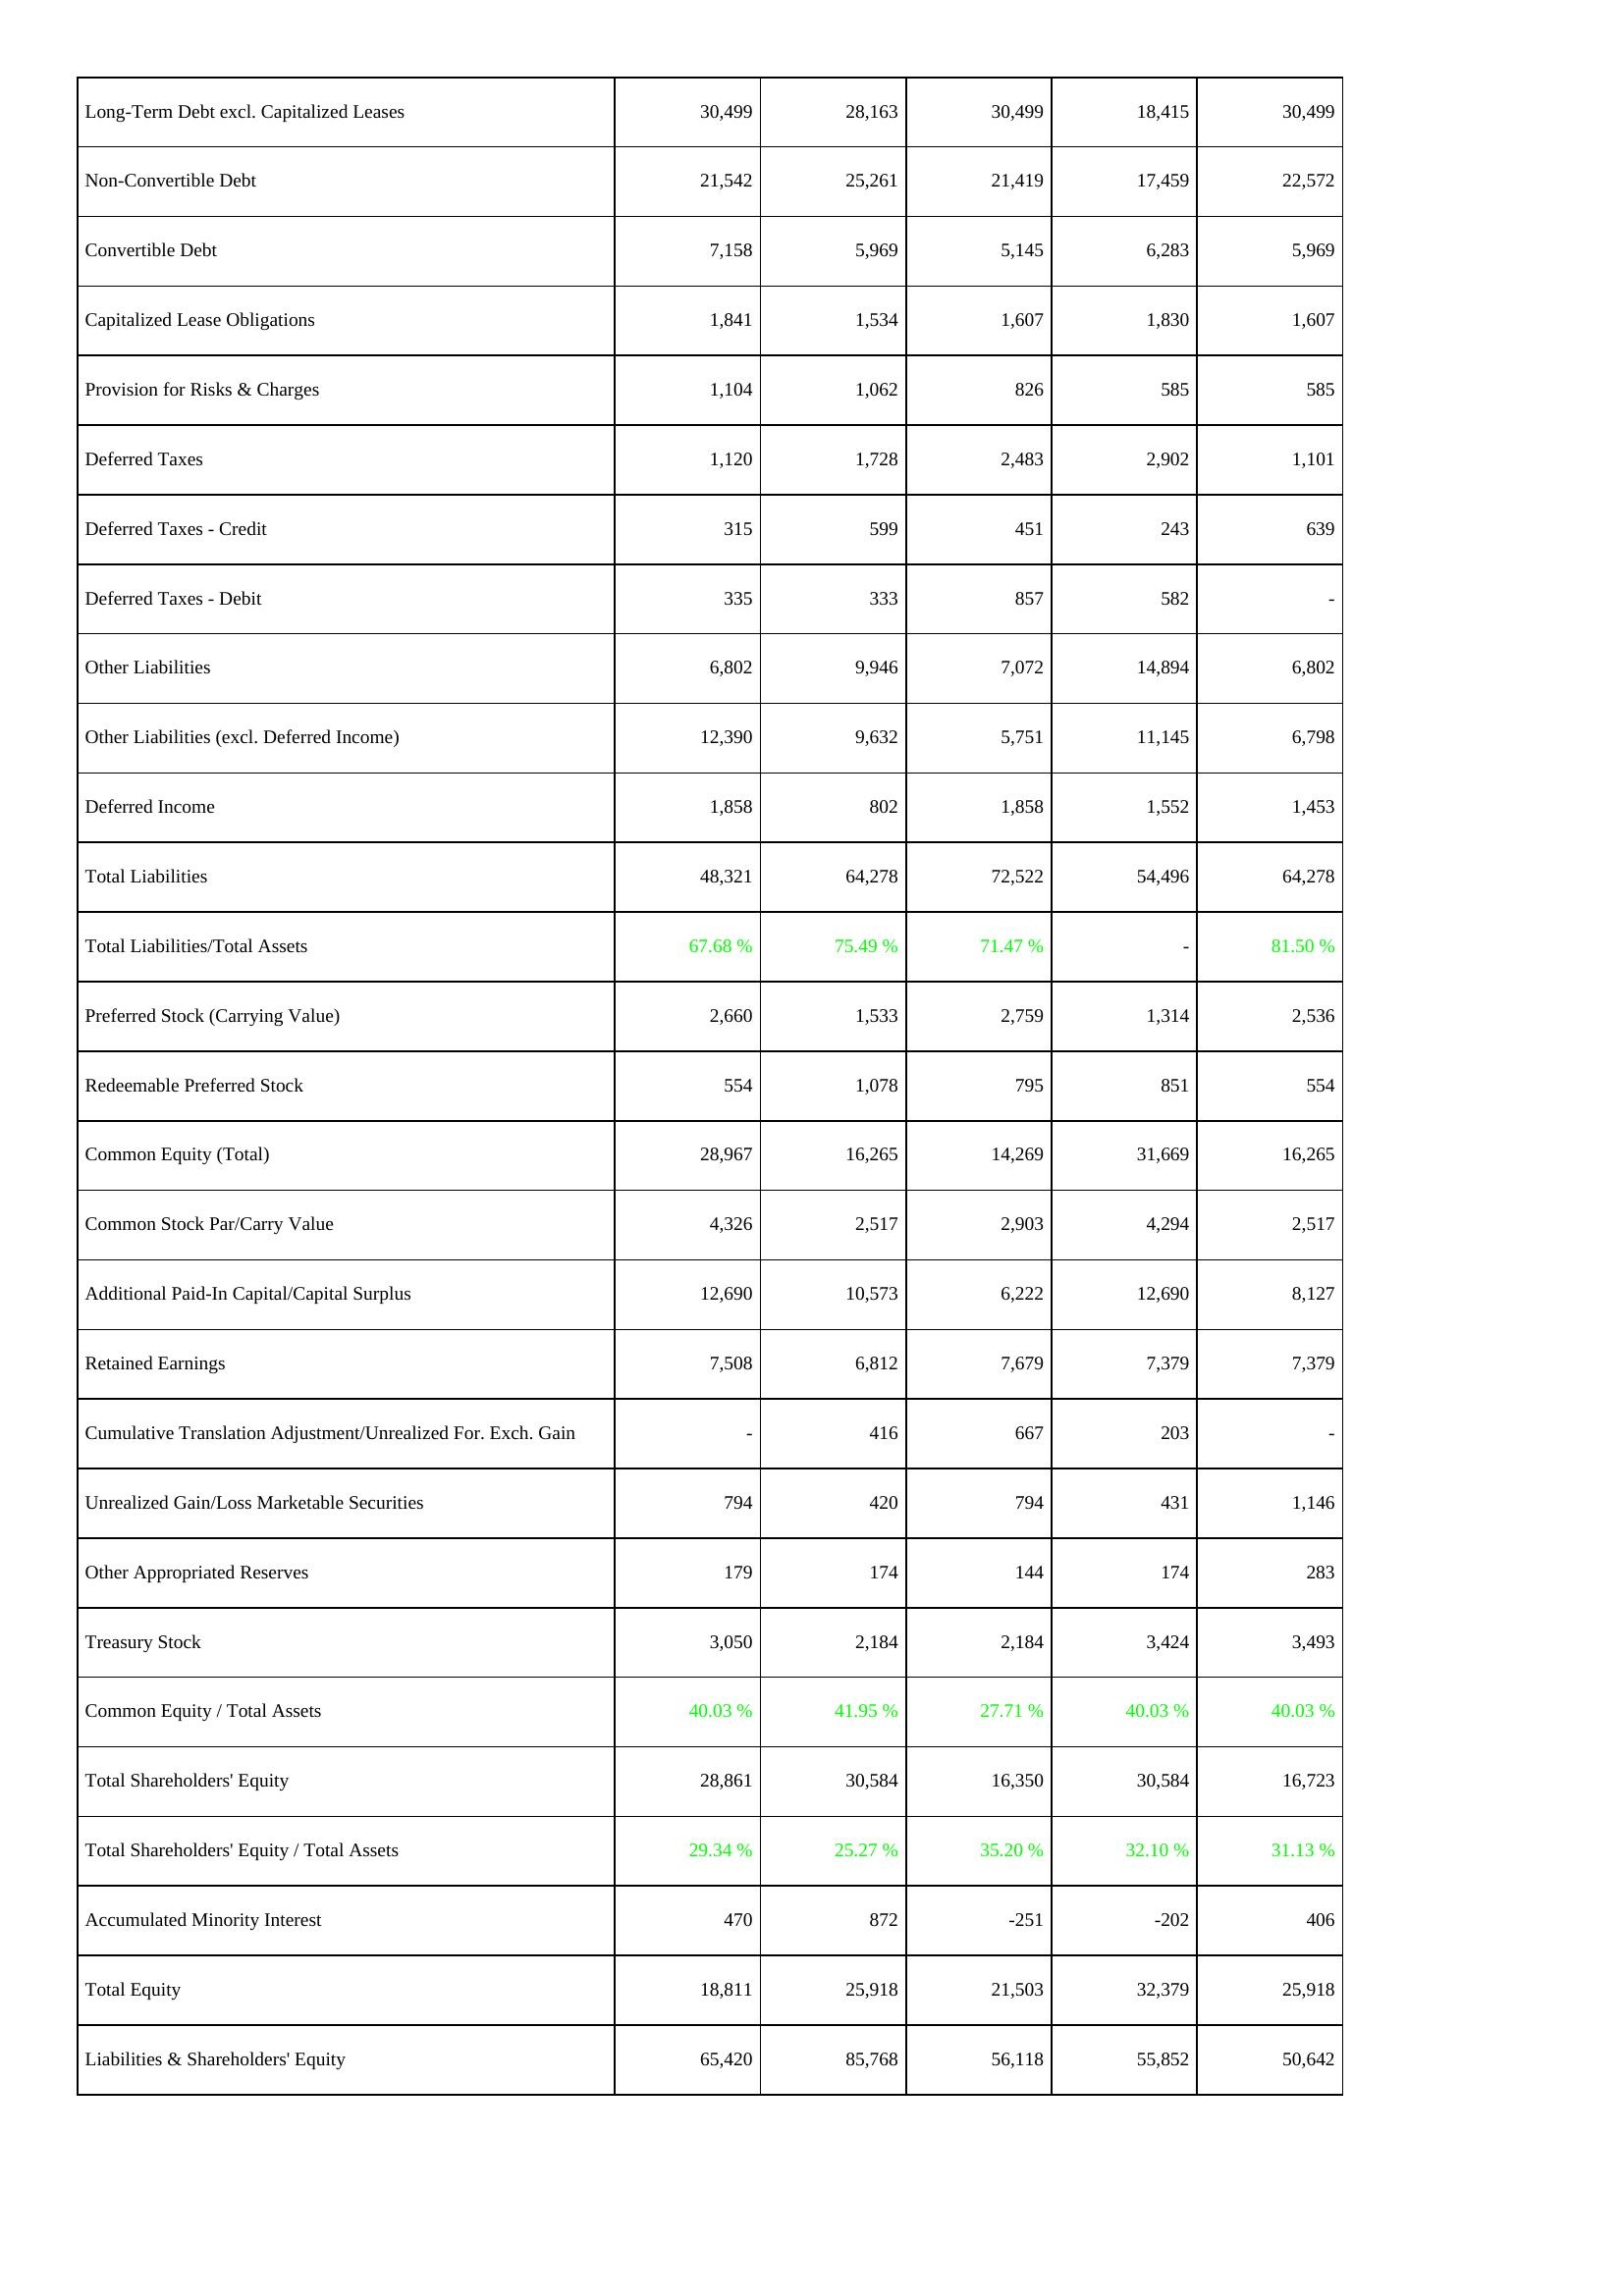
2009: Liabilities & Shareholders' Equity: Long-Term Debt excl. Capitalized Leases: 30,499
Non-Convertible Debt: 21,542
Convertible Debt: 7,158
Capitalized Lease Obligations: 1,841
Provision for Risks & Charges: 1,104
Deferred Taxes: 1,120
Deferred Taxes - Credit: 315
Deferred Taxes - Debit: 335
Other Liabilities: 6,802
Other Liabilities (excl. Deferred Income): 12,390
Deferred Income: 1,858
Total Liabilities: 48,321
Total Liabilities/Total Assets: 67.68 %
Preferred Stock (Carrying Value): 2,660
Redeemable Preferred Stock: 554
Common Equity (Total): 28,967
Common Stock Par/Carry Value: 4,326
Additional Paid-In Capital/Capital Surplus: 12,690
Retained Earnings: 7,508
Cumulative Translation Adjustment/Unrealized For. Exch. Gain: -
Unrealized Gain/Loss Marketable Securities: 794
Other Appropriated Reserves: 179
Treasury Stock: 3,050
Common Equity / Total Assets: 40.03 %
Total Shareholders' Equity: 28,861
Total Shareholders' Equity / Total Assets: 29.34 %
Accumulated Minority Interest: 470
Total Equity: 18,811
Liabilities & Shareholders' Equity: 65,420
2010: Liabilities & Shareholders' Equity: Long-Term Debt excl. Capitalized Leases: 28,163
Non-Convertible Debt: 25,261
Convertible Debt: 5,969
Capitalized Lease Obligations: 1,534
Provision for Risks & Charges: 1,062
Deferred Taxes: 1,728
Deferred Taxes - Credit: 599
Deferred Taxes - Debit: 333
Other Liabilities: 9,946
Other Liabilities (excl. Deferred Income): 9,632
Deferred Income: 802
Total Liabilities: 64,278
Total Liabilities/Total Assets: 75.49 %
Preferred Stock (Carrying Value): 1,533
Redeemable Preferred Stock: 1,078
Common Equity (Total): 16,265
Common Stock Par/Carry Value: 2,517
Additional Paid-In Capital/Capital Surplus: 10,573
Retained Earnings: 6,812
Cumulative Translation Adjustment/Unrealized For. Exch. Gain: 416
Unrealized Gain/Loss Marketable Securities: 420
Other Appropriated Reserves: 174
Treasury Stock: 2,184
Common Equity / Total Assets: 41.95 %
Total Shareholders' Equity: 30,584
Total Shareholders' Equity / Total Assets: 25.27 %
Accumulated Minority Interest: 872
Total Equity: 25,918
Liabilities & Shareholders' Equity: 85,768
2011: Liabilities & Shareholders' Equity: Long-Term Debt excl. Capitalized Leases: 30,499
Non-Convertible Debt: 21,419
Convertible Debt: 5,145
Capitalized Lease Obligations: 1,607
Provision for Risks & Charges: 826
Deferred Taxes: 2,483
Deferred Taxes - Credit: 451
Deferred Taxes - Debit: 857
Other Liabilities: 7,072
Other Liabilities (excl. Deferred Income): 5,751
Deferred Income: 1,858
Total Liabilities: 72,522
Total Liabilities/Total Assets: 71.47 %
Preferred Stock (Carrying Value): 2,759
Redeemable Preferred Stock: 795
Common Equity (Total): 14,269
Common Stock Par/Carry Value: 2,903
Additional Paid-In Capital/Capital Surplus: 6,222
Retained Earnings: 7,679
Cumulative Translation Adjustment/Unrealized For. Exch. Gain: 667
Unrealized Gain/Loss Marketable Securities: 794
Other Appropriated Reserves: 144
Treasury Stock: 2,184
Common Equity / Total Assets: 27.71 %
Total Shareholders' Equity: 16,350
Total Shareholders' Equity / Total Assets: 35.20 %
Accumulated Minority Interest: -251
Total Equity: 21,503
Liabilities & Shareholders' Equity: 56,118
2012: Liabilities & Shareholders' Equity: Long-Term Debt excl. Capitalized Leases: 18,415
Non-Convertible Debt: 17,459
Convertible Debt: 6,283
Capitalized Lease Obligations: 1,830
Provision for Risks & Charges: 585
Deferred Taxes: 2,902
Deferred Taxes - Credit: 243
Deferred Taxes - Debit: 582
Other Liabilities: 14,894
Other Liabilities (excl. Deferred Income): 11,145
Deferred Income: 1,552
Total Liabilities: 54,496
Total Liabilities/Total Assets: -
Preferred Stock (Carrying Value): 1,314
Redeemable Preferred Stock: 851
Common Equity (Total): 31,669
Common Stock Par/Carry Value: 4,294
Additional Paid-In Capital/Capital Surplus: 12,690
Retained Earnings: 7,379
Cumulative Translation Adjustment/Unrealized For. Exch. Gain: 203
Unrealized Gain/Loss Marketable Securities: 431
Other Appropriated Reserves: 174
Treasury Stock: 3,424
Common Equity / Total Assets: 40.03 %
Total Shareholders' Equity: 30,584
Total Shareholders' Equity / Total Assets: 32.10 %
Accumulated Minority Interest: -202
Total Equity: 32,379
Liabilities & Shareholders' Equity: 55,852
2013: Liabilities & Shareholders' Equity: Long-Term Debt excl. Capitalized Leases: 30,499
Non-Convertible Debt: 22,572
Convertible Debt: 5,969
Capitalized Lease Obligations: 1,607
Provision for Risks & Charges: 585
Deferred Taxes: 1,101
Deferred Taxes - Credit: 639
Deferred Taxes - Debit: -
Other Liabilities: 6,802
Other Liabilities (excl. Deferred Income): 6,798
Deferred Income: 1,453
Total Liabilities: 64,278
Total Liabilities/Total Assets: 81.50 %
Preferred Stock (Carrying Value): 2,536
Redeemable Preferred Stock: 554
Common Equity (Total): 16,265
Common Stock Par/Carry Value: 2,517
Additional Paid-In Capital/Capital Surplus: 8,127
Retained Earnings: 7,379
Cumulative Translation Adjustment/Unrealized For. Exch. Gain: -
Unrealized Gain/Loss Marketable Securities: 1,146
Other Appropriated Reserves: 283
Treasury Stock: 3,493
Common Equity / Total Assets: 40.03 %
Total Shareholders' Equity: 16,723
Total Shareholders' Equity / Total Assets: 31.13 %
Accumulated Minority Interest: 406
Total Equity: 25,918
Liabilities & Shareholders' Equity: 50,642